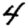
Digit: 4